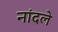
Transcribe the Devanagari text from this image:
नांदले